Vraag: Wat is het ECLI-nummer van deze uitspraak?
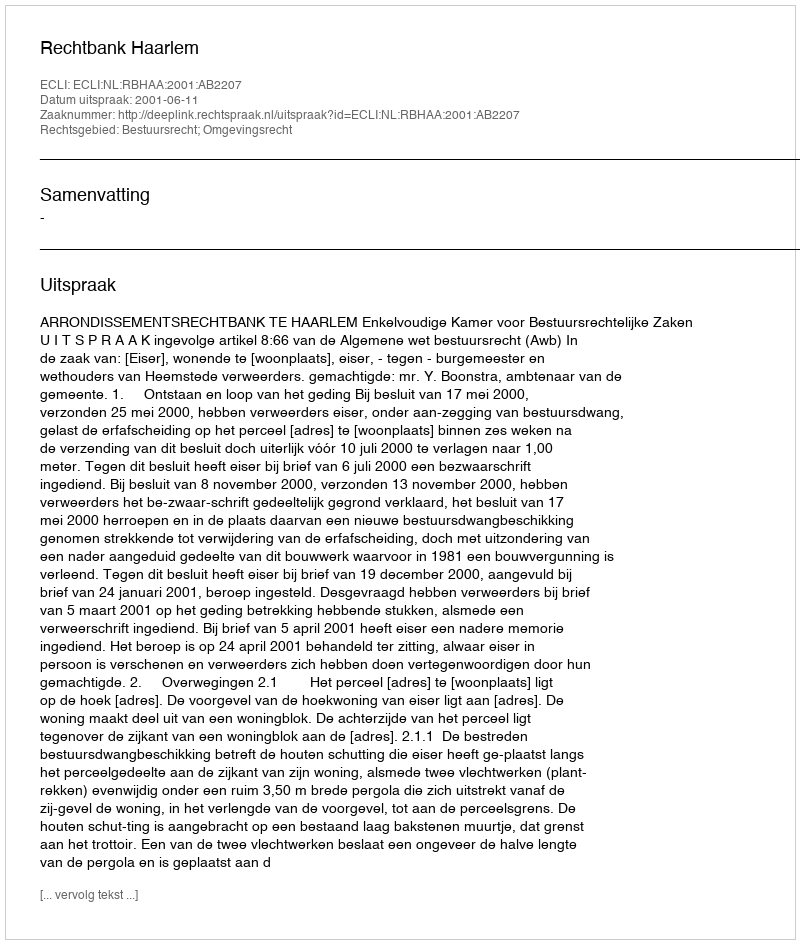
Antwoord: ECLI:NL:RBHAA:2001:AB2207